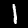
Label: 1